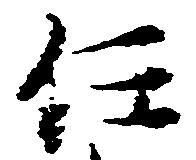
任